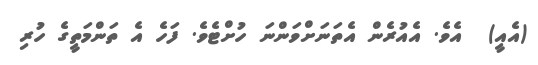
(އެއީ)  އެވެ. އެއުރެން އެތަނަށްވަންނަ ހުށްޓެވެ. ފަހެ އެ ތަންމަތީގެ ހުރި